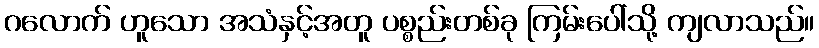
ဂလောက် ဟူသော အသံနှင့်အတူ ပစ္စည်းတစ်ခု ကြမ်းပေါ်သို့ ကျလာသည်။